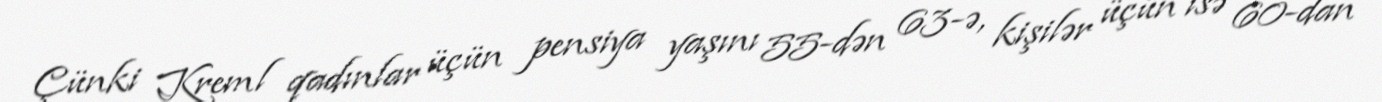
Çünki Kreml qadınlar üçün pensiya yaşını 55-dən 63-ə, kişilər üçün isə 60-dan